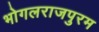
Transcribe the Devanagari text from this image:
भोगलराजपुरम